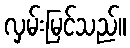
လှမ်းမြင်သည်။